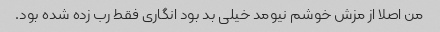
من اصلا از مزش خوشم نیومد خیلی بد بود انگاری فقط رب زده شده بود.